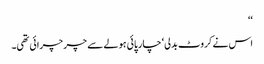
‘‘
اس نے کروٹ بدلی‘ چارپائی ہولے سے چر چرائی تھی۔